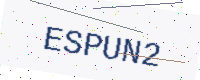
Text: ESPUN2